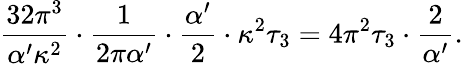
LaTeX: {\frac{32\pi^{3}}{\alpha^{\prime}\kappa^{2}}}\cdot{\frac{1}{2\pi\alpha^{\prime}}}\cdot{\frac{\alpha^{\prime}}{2}}\cdot\kappa^{2}\tau_{3}=4\pi^{2}\tau_{3}\cdot{\frac{2}{\alpha^{\prime}}}.